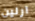
آرلين